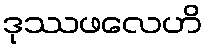
ဒုဿဖလေဟိ